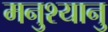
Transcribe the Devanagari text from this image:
मनुश्‍यानु